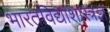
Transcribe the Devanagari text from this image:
भारतविद्याशास्त्रज्ञ